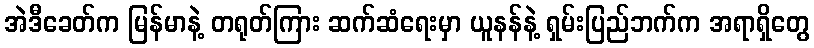
အဲဒီခေတ်က မြန်မာနဲ့ တရုတ်ကြား ဆက်ဆံရေးမှာ ယူနန်နဲ့ ရှမ်းပြည်ဘက်က အရာရှိတွေ